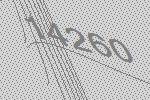
14260